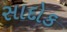
સાદોક